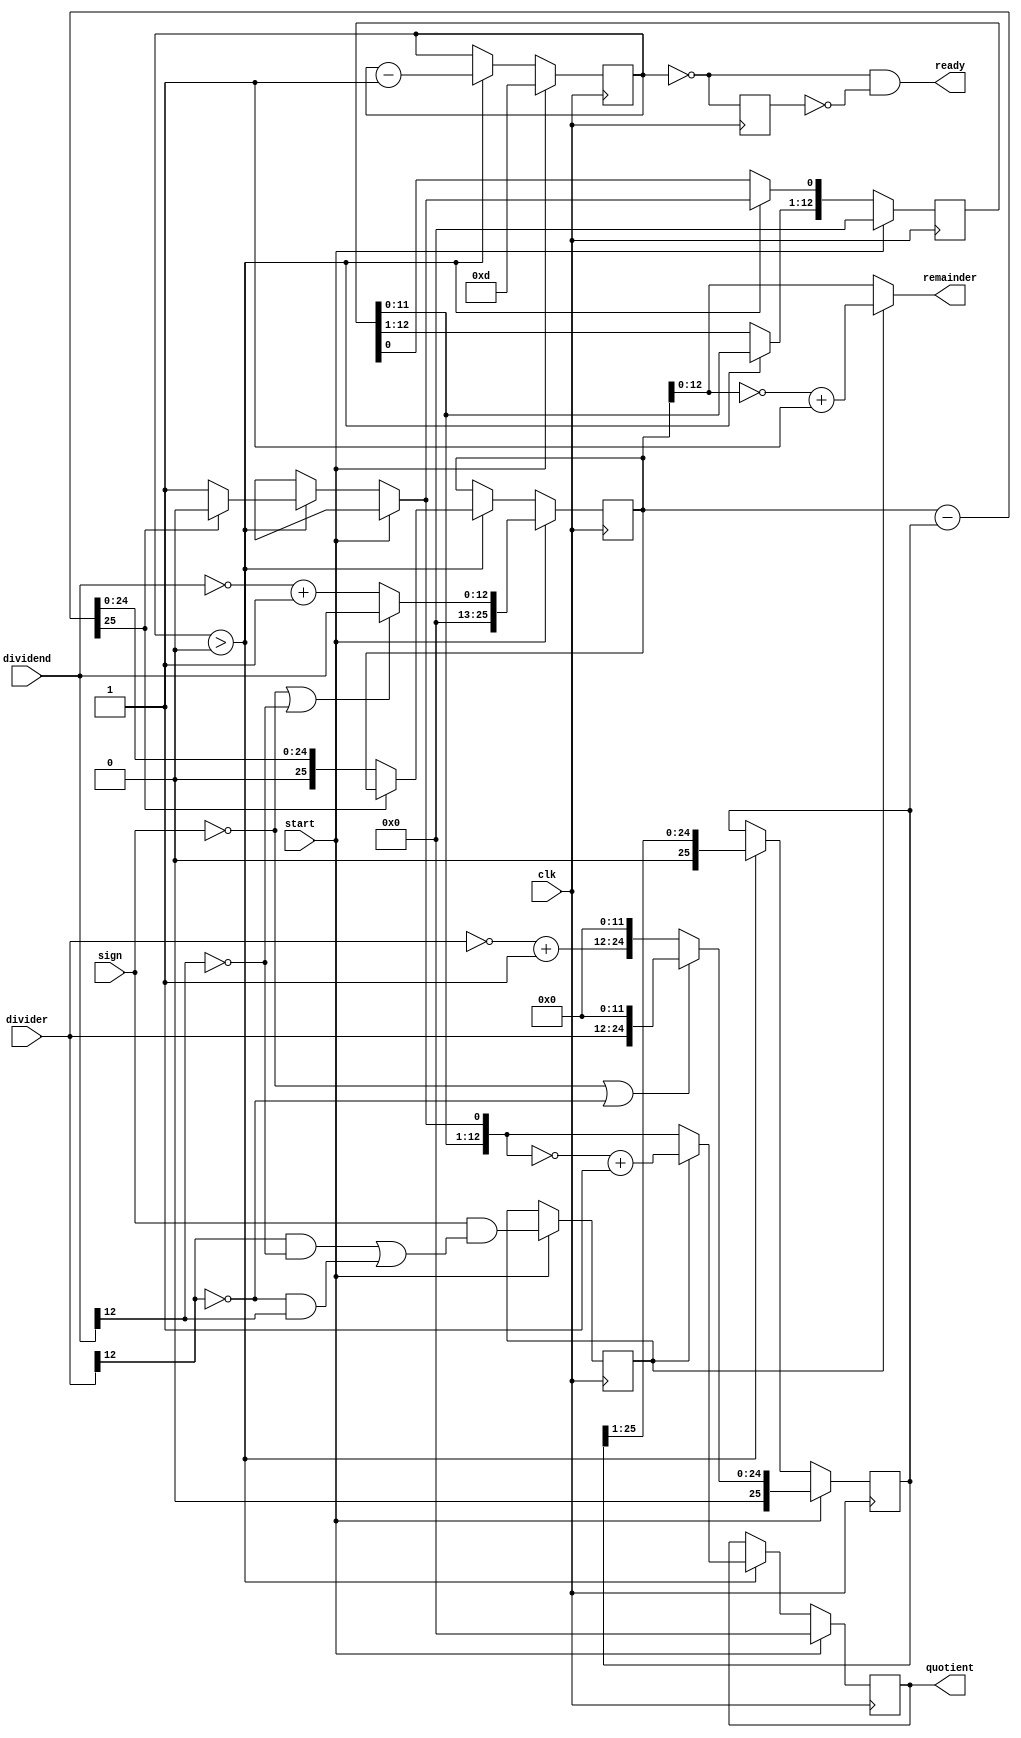
`timescale 1ns / 1ps
//////////////////////////////////////////////////////////////////////////////////
// Company: 
// Engineer: 
// 
// Design Name: 
// Module Name:    divider 
// Project Name: 
// Target Devices: 
// Tool versions: 
// Description: 
//
// Dependencies: 
//
// Revision: 
// Revision 0.01 - File Created
// Additional Comments: 
//
//////////////////////////////////////////////////////////////////////////////////
module divider #(parameter WIDTH = 13)
	(input clk, sign, start,
	 input [WIDTH-1:0] dividend,
	 input [WIDTH-1:0] divider,
	 output reg [WIDTH-1:0] quotient,
	 output [WIDTH-1:0] remainder,
	 output ready);
	 
	reg [WIDTH-1:0] quotient_temp;
	reg [WIDTH*2-1:0] dividend_copy, divider_copy, diff;
	reg negative_output;

	assign remainder = (!negative_output) ? dividend_copy[WIDTH-1:0] : ~dividend_copy[WIDTH-1:0] + 1'b1;

	reg [6:0] bit;
	reg del_ready = 1;
	assign ready = (!bit) & ~del_ready;

	wire [WIDTH-2:0] zeros = 0;
	initial bit = 0;
	initial negative_output = 0;
	
	always @( posedge clk ) begin
		del_ready <= !bit;
		
		if( start ) begin
			bit = WIDTH;
			quotient = 0;
			quotient_temp = 0;
			dividend_copy = (!sign || !dividend[WIDTH-1]) ? {1'b0,zeros,dividend} : {1'b0,zeros,~dividend + 1'b1};
			divider_copy = (!sign || !divider[WIDTH-1]) ? {1'b0,divider,zeros} : {1'b0,~divider + 1'b1,zeros};
			negative_output = sign &&  ((divider[WIDTH-1] && !dividend[WIDTH-1]) ||(!divider[WIDTH-1] && dividend[WIDTH-1]));
		end
			
		else if ( bit > 0 ) begin
			diff = dividend_copy - divider_copy;
			quotient_temp = quotient_temp << 1;
				
			if( !diff[WIDTH*2-1] ) begin
				dividend_copy = diff;
				quotient_temp[0] = 1'd1;
			end
			
			quotient = (!negative_output) ?	quotient_temp : ~quotient_temp + 1'b1;
			divider_copy = divider_copy >> 1;
			bit = bit - 1'b1;
		end
	end
 endmodule